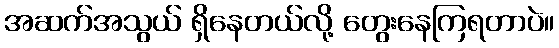
အဆက်အသွယ် ရှိနေတယ်လို့ တွေးနေကြရတာပဲ။